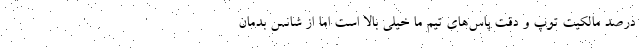
درصد مالکیت توپ و دقت پاس‌های تیم‌ ما خیلی بالا است اما از شانس بدمان